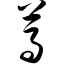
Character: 莴